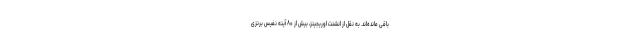
باقی مانده‌اند. به نقل از انشنت اوریجینز، بیش از ۸۰ آینه نفیس برنزی